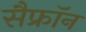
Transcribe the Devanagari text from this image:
सैफ्रॉन